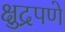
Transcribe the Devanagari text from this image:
क्षुद्रपणे